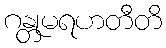
ဂန္တုမရဟတီတိ